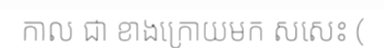
កាល ជា ខាងក្រោយមក សសេះ (